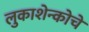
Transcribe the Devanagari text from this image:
लुकाशेन्कोचे